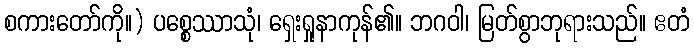
စကားတော်ကို။) ပစ္စေဿာသုံ၊ ရှေးရှုနာကုန်၏။ ဘဂဝါ၊ မြတ်စွာဘုရားသည်။ ဧတံ